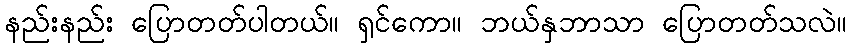
နည်းနည်း ပြောတတ်ပါတယ်။ ရှင်ကော။ ဘယ်နှဘာသာ ပြောတတ်သလဲ။